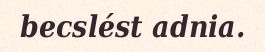
becslést adnia.